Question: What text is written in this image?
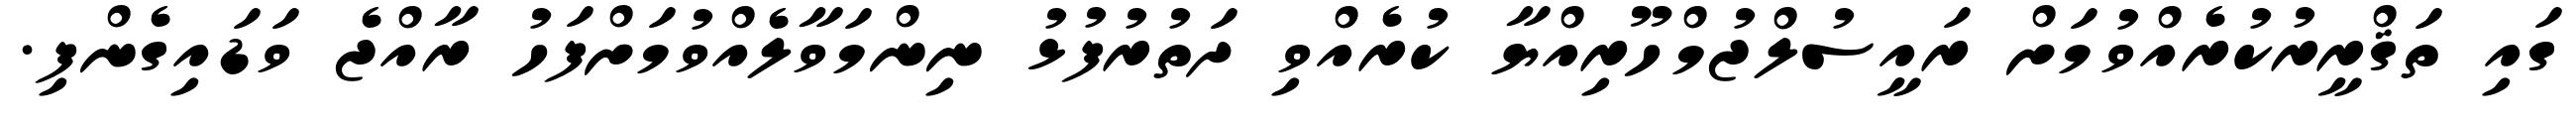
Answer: ގައި ތަޤްރީރުކުރެއްވުމަށް ރައީސުލްޖުމްހޫރިއްޔާ ކުރެއްވި ދަތުރުފުޅު ނިންމަވާލެއްވުމަށްފަހު ރާއްޖެ ވަޑައިގެންފި.